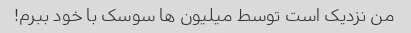
من نزدیک است توسط میلیون ها سوسک با خود ببرم!